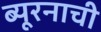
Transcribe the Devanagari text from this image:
ब्यूरनाची